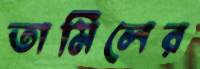
তামিলের